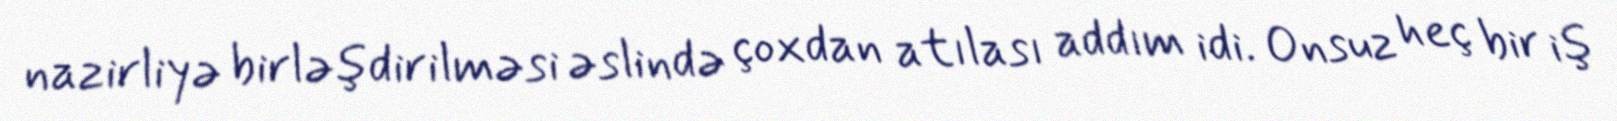
nazirliyə birləşdirilməsi əslində çoxdan atılası addım idi. Onsuz heç bir iş